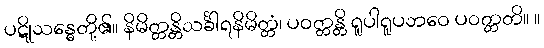
ပဋိုသန္ဓေတို့၏။ နိမိတ္တန္တိသင်္ခါရနိမိတ္တံ၊ ပဝတ္တန္တိ ရူပါရူပဘဝေ ပဝတ္တတိ။ ။